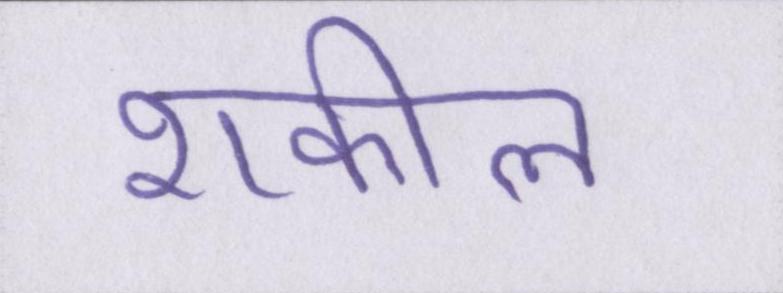
शकील